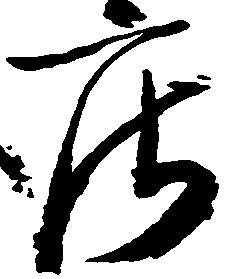
庄